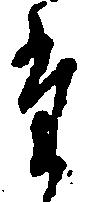
た